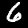
Digit: 6